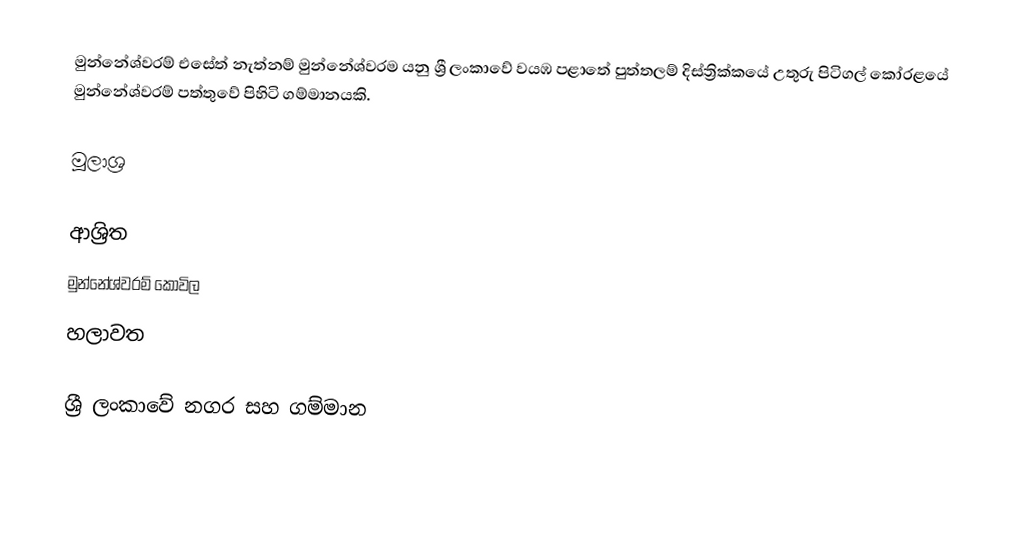
මුන්නේශ්වරම් එසේත් නැත්නම් මුන්නේශ්වරම යනු ශ්‍රී ලංකාවේ වයඹ පළාතේ පුත්තලම් දිස්ත්‍රික්කයේ උතුරු පිටිගල් කෝරළයේ මුන්නේශ්වරම් පත්තුවේ පිහිටි ගම්මානයකි.

මූලාශ්‍ර

ආශ්‍රිත
 මුන්නේශ්වරම් කෝවිල
 හලාවත

ශ්‍රී ලංකාවේ නගර සහ ගම්මාන